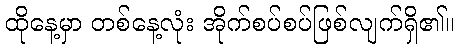
ထိုနေ့မှာ တစ်နေ့လုံး အိုက်စပ်စပ်ဖြစ်လျက်ရှိ၏။